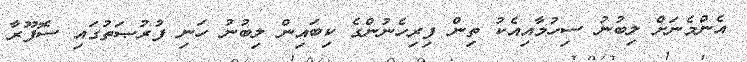
އެންމެނަށް ލިބުނު ސިހުމާއިއެކު ތިން ފިރިހެނުންގެ ކިބައިން ލިބުނު ހަނި ފުރުޞަތުގައި ސޮފޫރާ